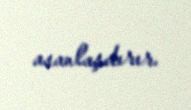
asanlaşdırır.